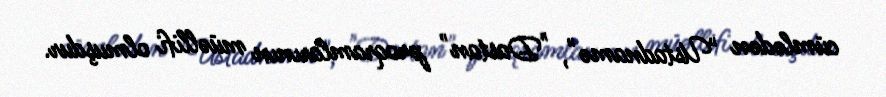
cümlədən "Ustadnamə", "Dastan" proqramlarının müəllifi olmuşdur.